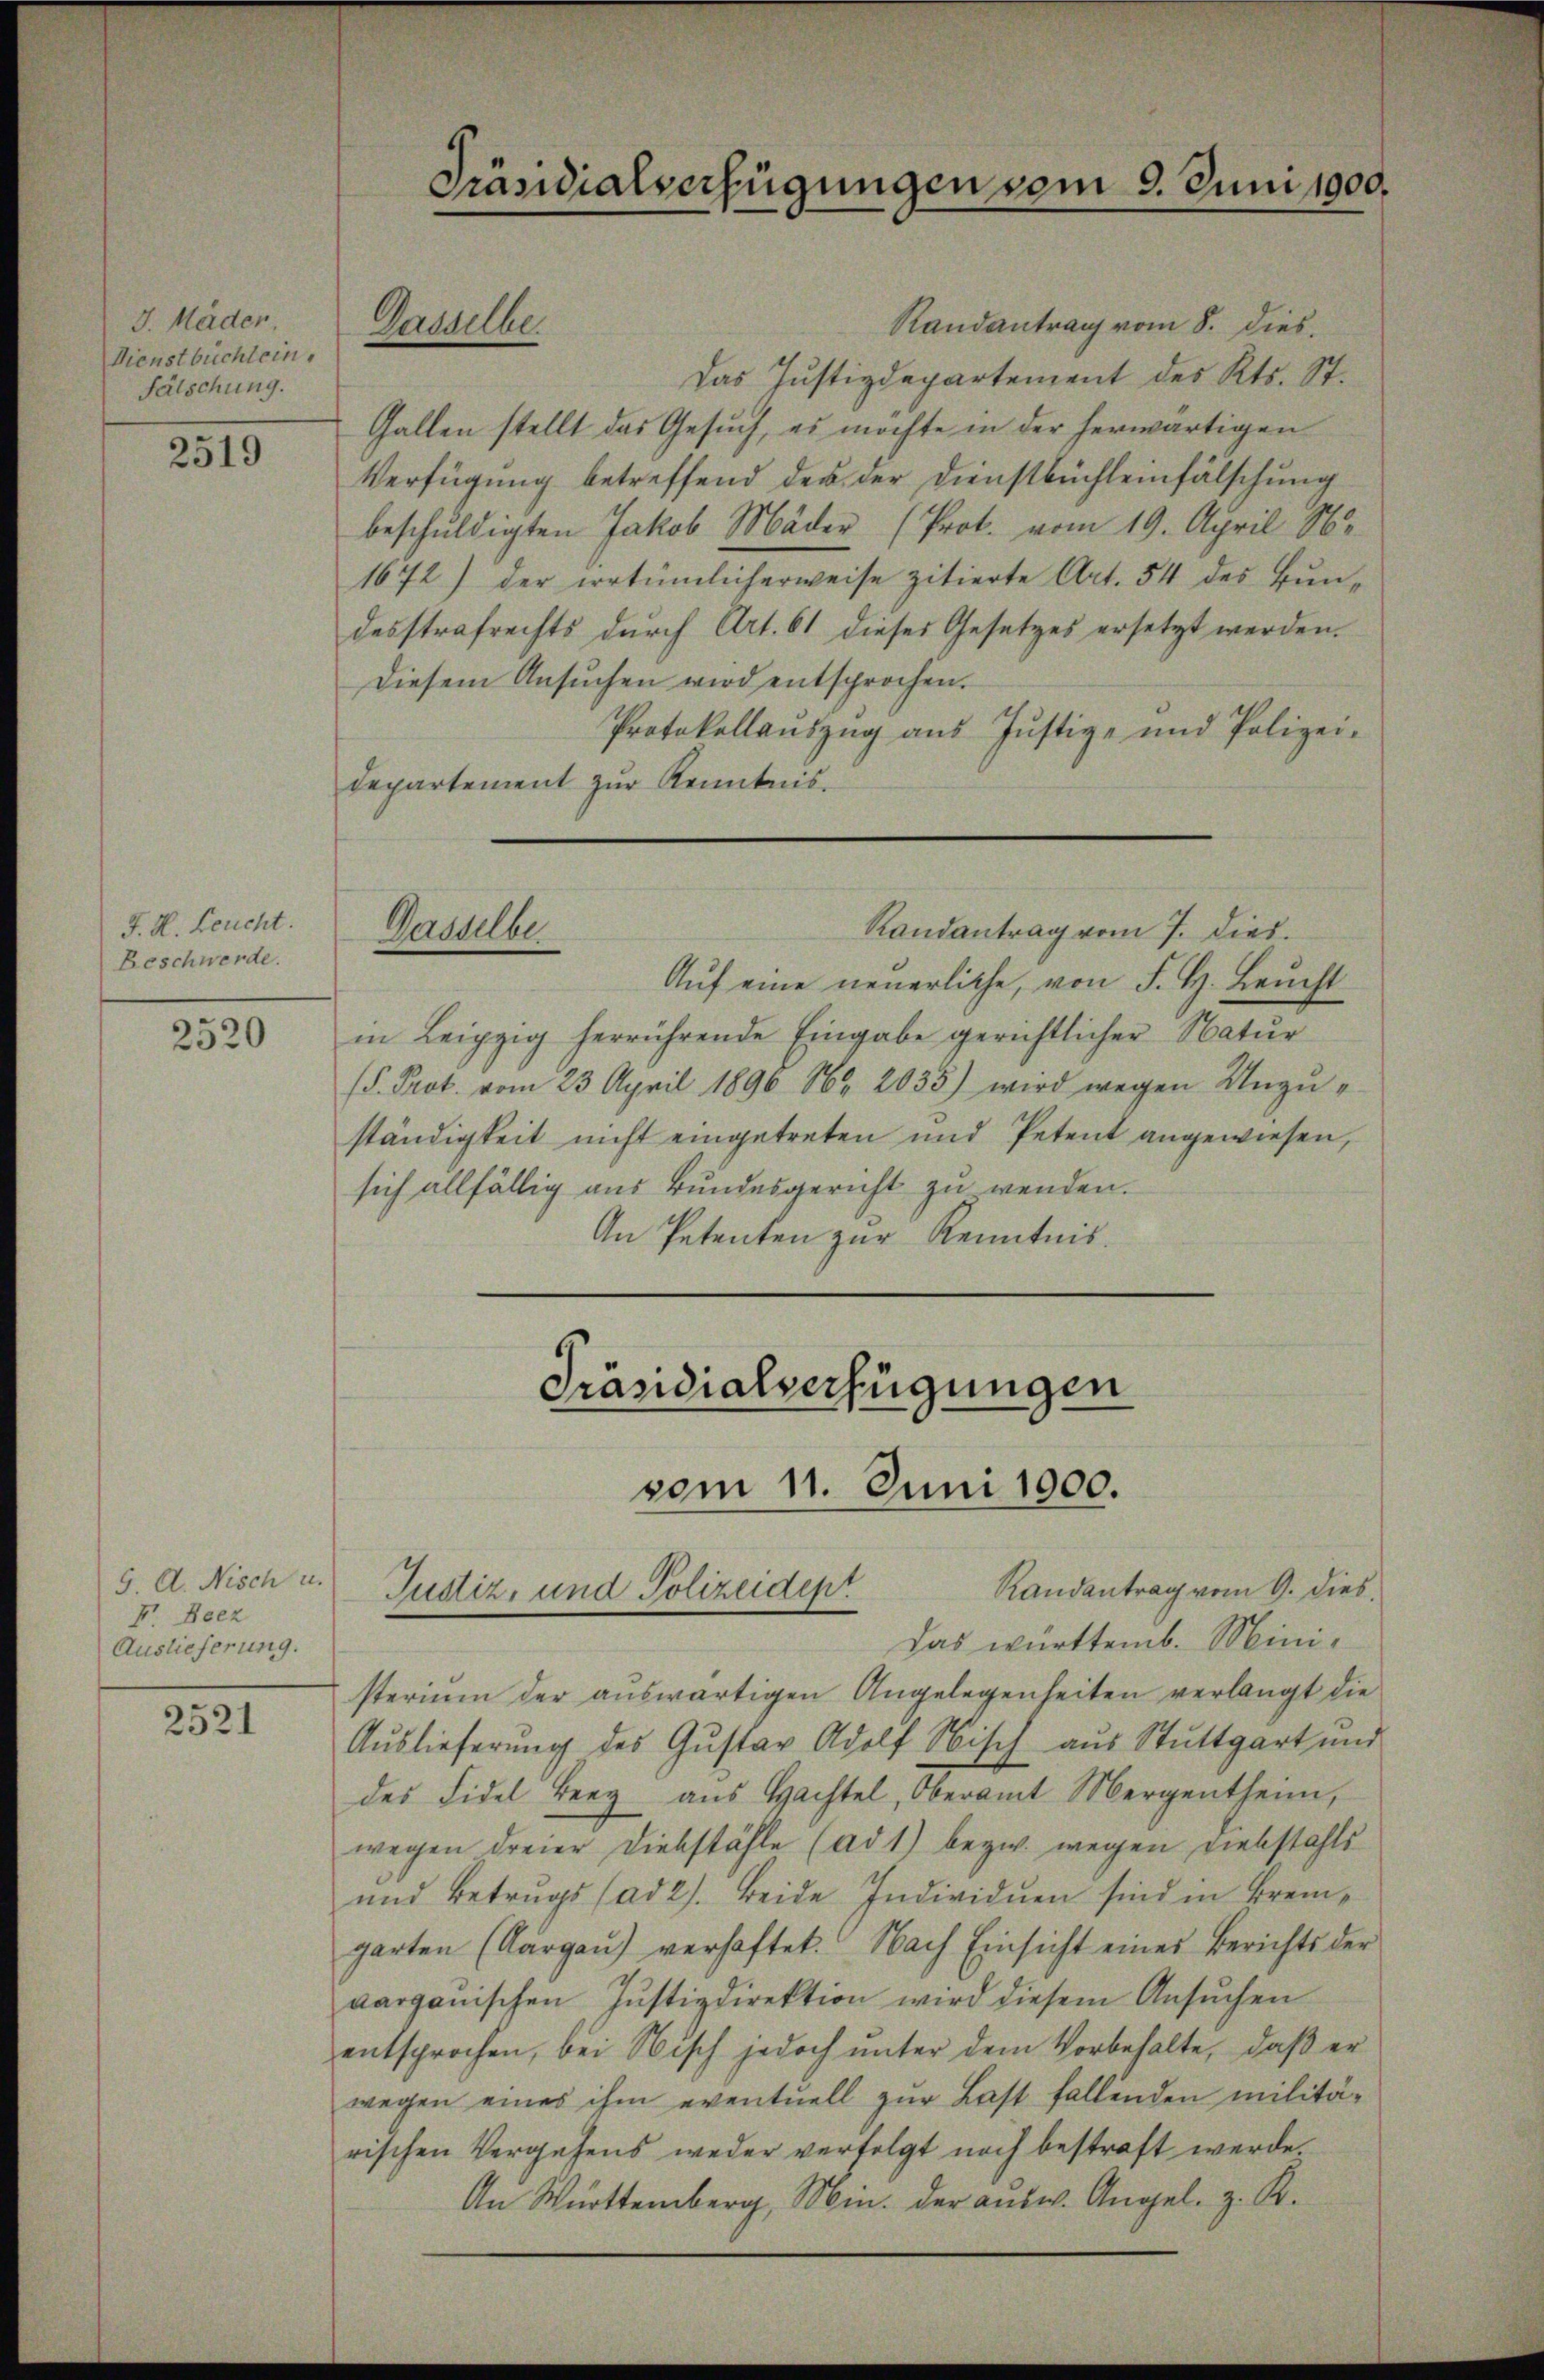
J. Häder.
Dienstbuchlein.
Fälschung.

2519

J. H. Leucht.
Beschwerde.

2520

9. A. Nisch u.
F. Beez
Auslieferung.

2521

Randantrag vom 8. dies
Das Justizdepartement des Kts. St.
Gallen stellt das Gesuch, es möchte in der herwärtigen
Verfügung betreffend des der Dienstbüchleinfälschung
beschuldigten Jakob Mäder (Prot. vom 19. April 18
1672) der irrtümlicherweise zitierte Art. 54 des Bŭn-
desstrafrechts durch Art. 61 dieses Gesetzes ersetzt werden.
Diesem Ansŭchen wird entsprochen.
Protokollauszug aus Justiz- und Polizei-
departement zur Kenntnis.

Dasselbe.

Präsidialverfügungen vom 9. Juni 1900.

Randantrag vom 7. dies
Handlun

Auf eine neuerliche, von F. H. Brucht
in Leipzig herrührende Eingabe gerichtlicher Natur
(d. Prot. vom 23. April 1896 16. 2035) wird wegen Unzuständigkeit nicht eingetreten und Petent angewiesen,
sich allfällig aus Bundesgericht zu wenden.
An Petenten zur Kenntnis.

Präsidialverfügungen
vom 11. Juni 1900.
Randantrag vom 9. dies
Justiz- und Polizeident

das württemb. Ministerium der auswärtigen Angelegenheiten verlangt die
Auslieferŭng des Gŭstav Adolf Nisch aus Stuttgart und
des Fidel Berg aus Hachtel, Oberamt Mergentheim,
wegen dreier Diebstähle (ad 1) bezw. wegen Diebstahls
und Betrugs (ad 2. Beide Individuen sind in Bremgarten (Aargau) verhaftet. Nach Einsicht eines Berichts der
aargauischen Justizdirektion wird diesem Ansŭchen
entsprochen, bei Nisch jedoch unter dem Vorbehalte, daß er
wegen eines ihm eventuell zur Last fallenden militärischen Vergehens weder verfolgt noch bestraft werde.
An Württemberg, Min. der aŭsw. Angel. z. R.